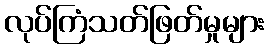
လုပ်ကြံသတ်ဖြတ်မှုများ